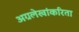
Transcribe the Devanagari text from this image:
अग्रलेखांकरिता